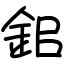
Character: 鈻